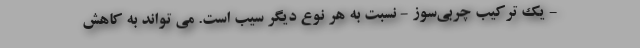
- یک ترکیب چربی‌سوز - نسبت به هر نوع دیگر سیب است. می تواند به کاهش